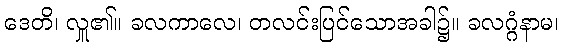
ဒေတိ၊ လှူ၏။ ခလကာလေ၊ တလင်းပြင်သောအခါ၌။ ခလဂ္ဂံနာမ၊